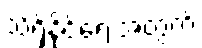
သိရှိနိုင်ရေးအတွက်